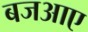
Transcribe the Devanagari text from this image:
बजआए